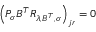
\left( P _ { \sigma } B ^ { T } R _ { \lambda , B ^ { T } , \sigma } \right) _ { j r } = 0